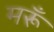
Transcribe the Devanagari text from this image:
मरूँ